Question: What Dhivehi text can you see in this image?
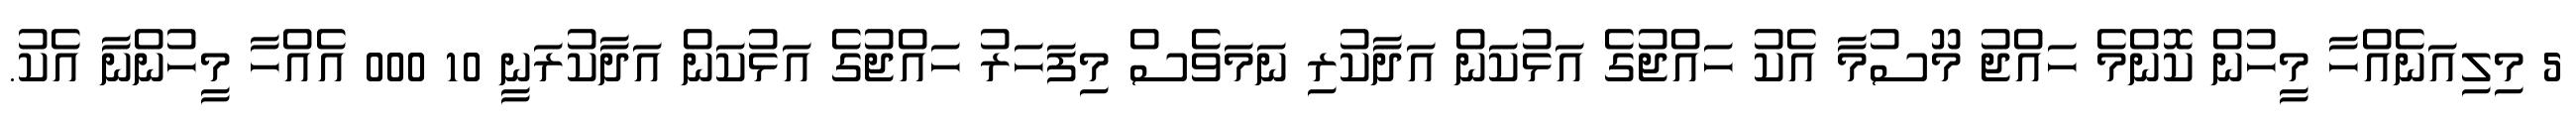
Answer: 5 މިލިއަނެއްހާ މީހުން ކޮންމެ ހައްޖު މޫސުމާ އެކު ހައްޖުގެ އަޅުކަން އަދާކުރި ނަމަވެސް މިފަހަރު ހައްޖުގެ އަޅުކަން އަދާކުރަނީ 10 000 އެއްހާ މީހުންނާ އެކު.